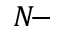
N \! -